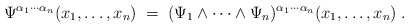
\begin{align*}\Psi^{\alpha_1 \cdots \alpha_n} (x_1,\ldots,x_n) \;=\;(\Psi_1 \wedge \cdots \wedge \Psi_n)^{\alpha_1 \cdots \alpha_n}(x_1,\ldots,x_n) \;. \end{align*}